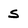
Character: s